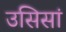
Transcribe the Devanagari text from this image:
उसिसां